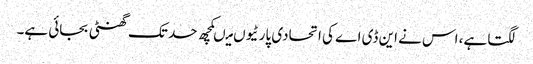
لگتا ہے، اس نے این ڈی اے کی اتحادی پارٹیوں میںکچھ حد تک گھنٹی بجائی ہے۔